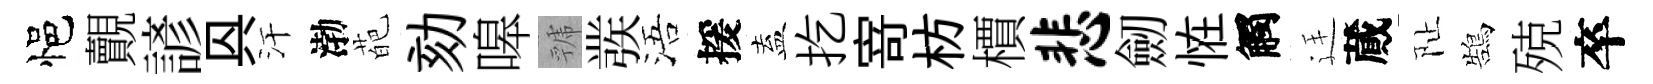
悒覿諺㒷汗渤葩劾嗥虢彂浯援盍扢𭔃枋檟悲劒恠觸廷蕆阯鵠殑卒